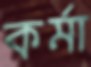
কর্মা